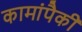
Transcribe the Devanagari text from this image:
कामांपैकी